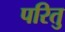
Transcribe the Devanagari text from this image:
परितु